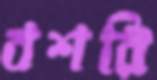
বশরি